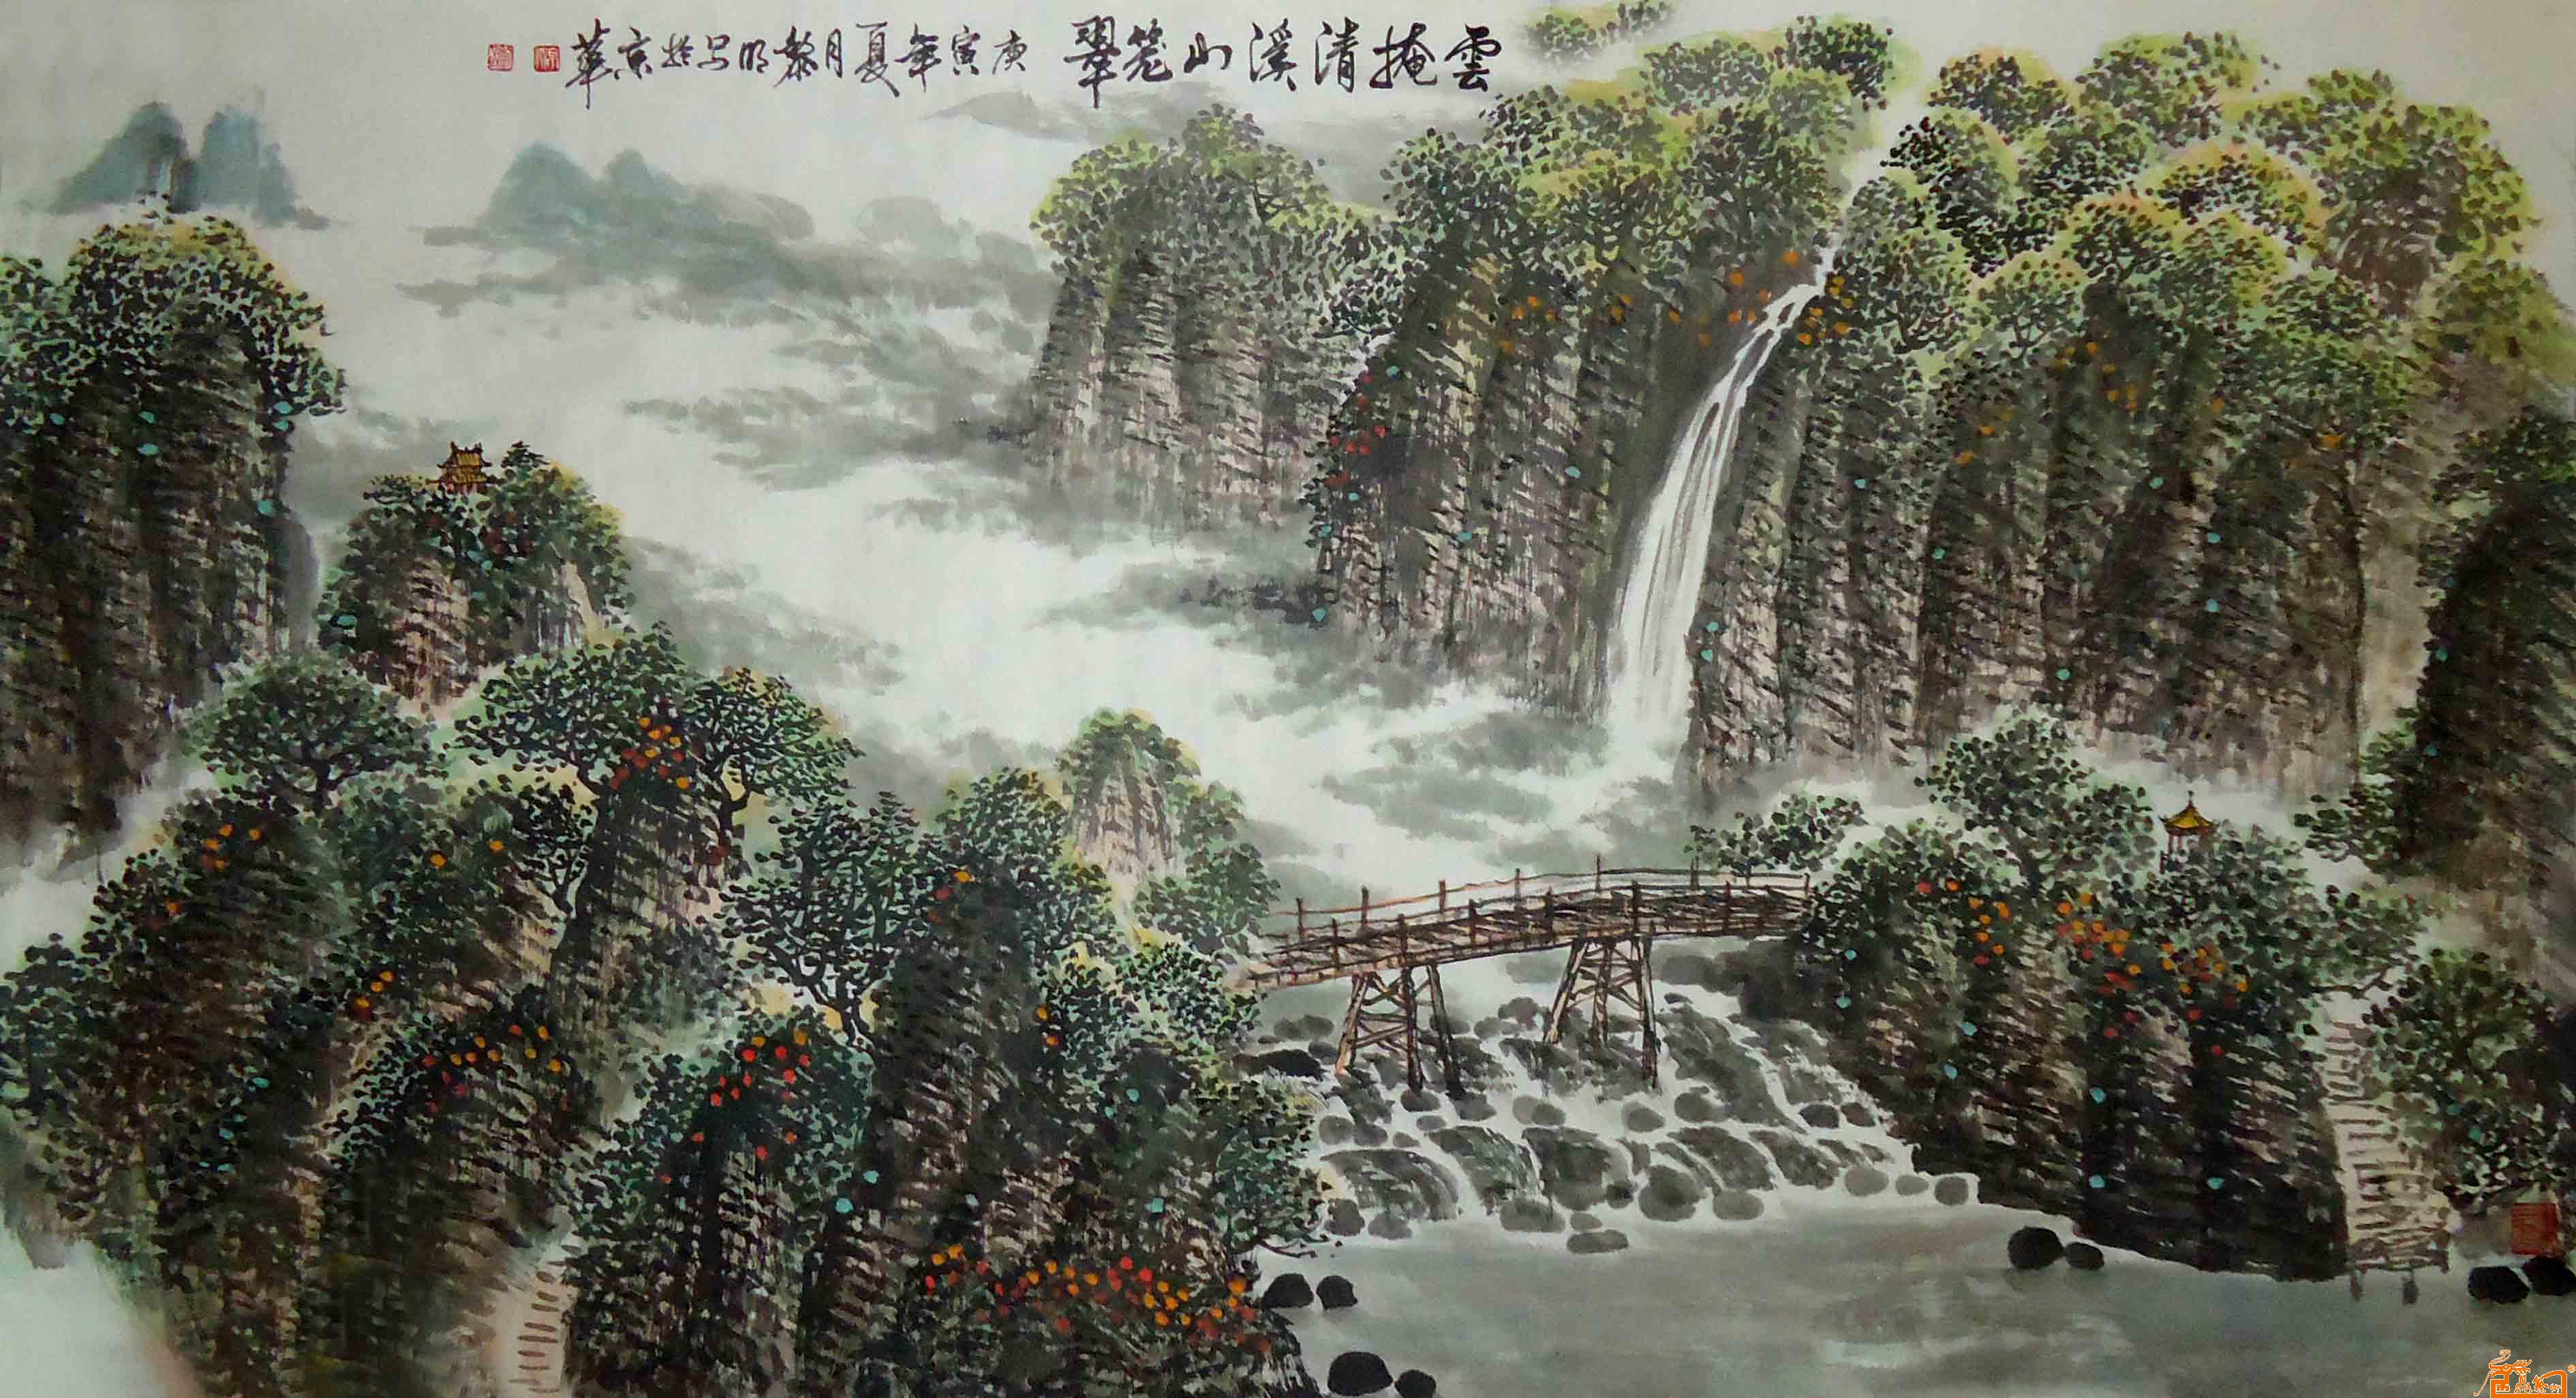
赤阑桥尽香街直，笼街细柳娇无力。